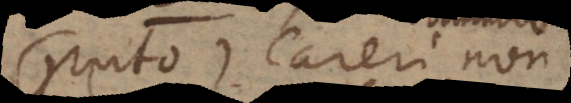
(puto) careri non